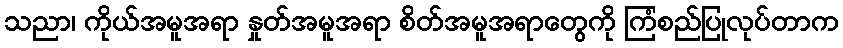
သညာ၊ ကိုယ်အမူအရာ နှုတ်အမူအရာ စိတ်အမူအရာတွေကို ကြံစည်ပြုလုပ်တာက